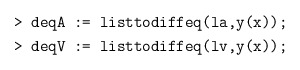
\begin{align*} &\texttt{> deqA := listtodiffeq(la,y(x));}\\ &\texttt{> deqV := listtodiffeq(lv,y(x));}\end{align*}